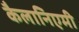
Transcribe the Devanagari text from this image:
कैलानिएमी